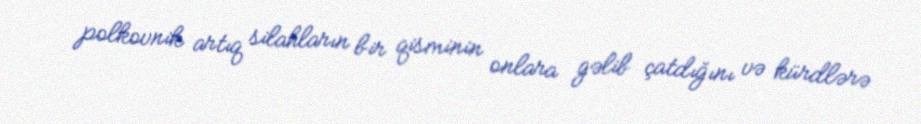
polkovnik artıq silahların bir qisminin onlara gəlib çatdığını və kürdlərə